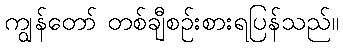
ကျွန်တော် တစ်ချီစဉ်းစားရပြန်သည်။